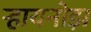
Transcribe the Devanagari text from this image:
र्‍हायनोझ